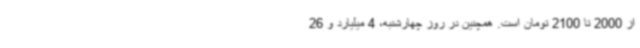
از 2000 تا 2100 تومان است. همچنین در روز چهارشنبه، 4 میلیارد و 26